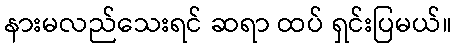
နားမလည်သေးရင် ဆရာ ထပ် ရှင်းပြမယ်။